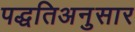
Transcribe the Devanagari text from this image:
पद्धतिअनुसार